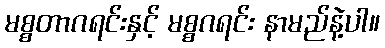
မစ္စတာဂရင်းနှင့် မစ္စဂရင်း နာမည်နဲ့ပါ။